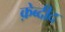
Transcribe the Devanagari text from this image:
क़ेब्दीद